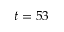
t = 5 3